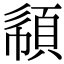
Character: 𩒧